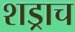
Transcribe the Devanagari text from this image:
शड्राच